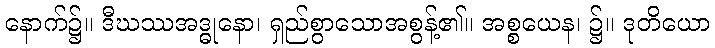
နောက်၌။ ဒီဃဿအဒ္ဓုနော၊ ရှည်စွာသောအစွန့်၏။ အစ္စယေန၊ ၌။ ဒုတိယော